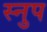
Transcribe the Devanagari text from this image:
स्नुप